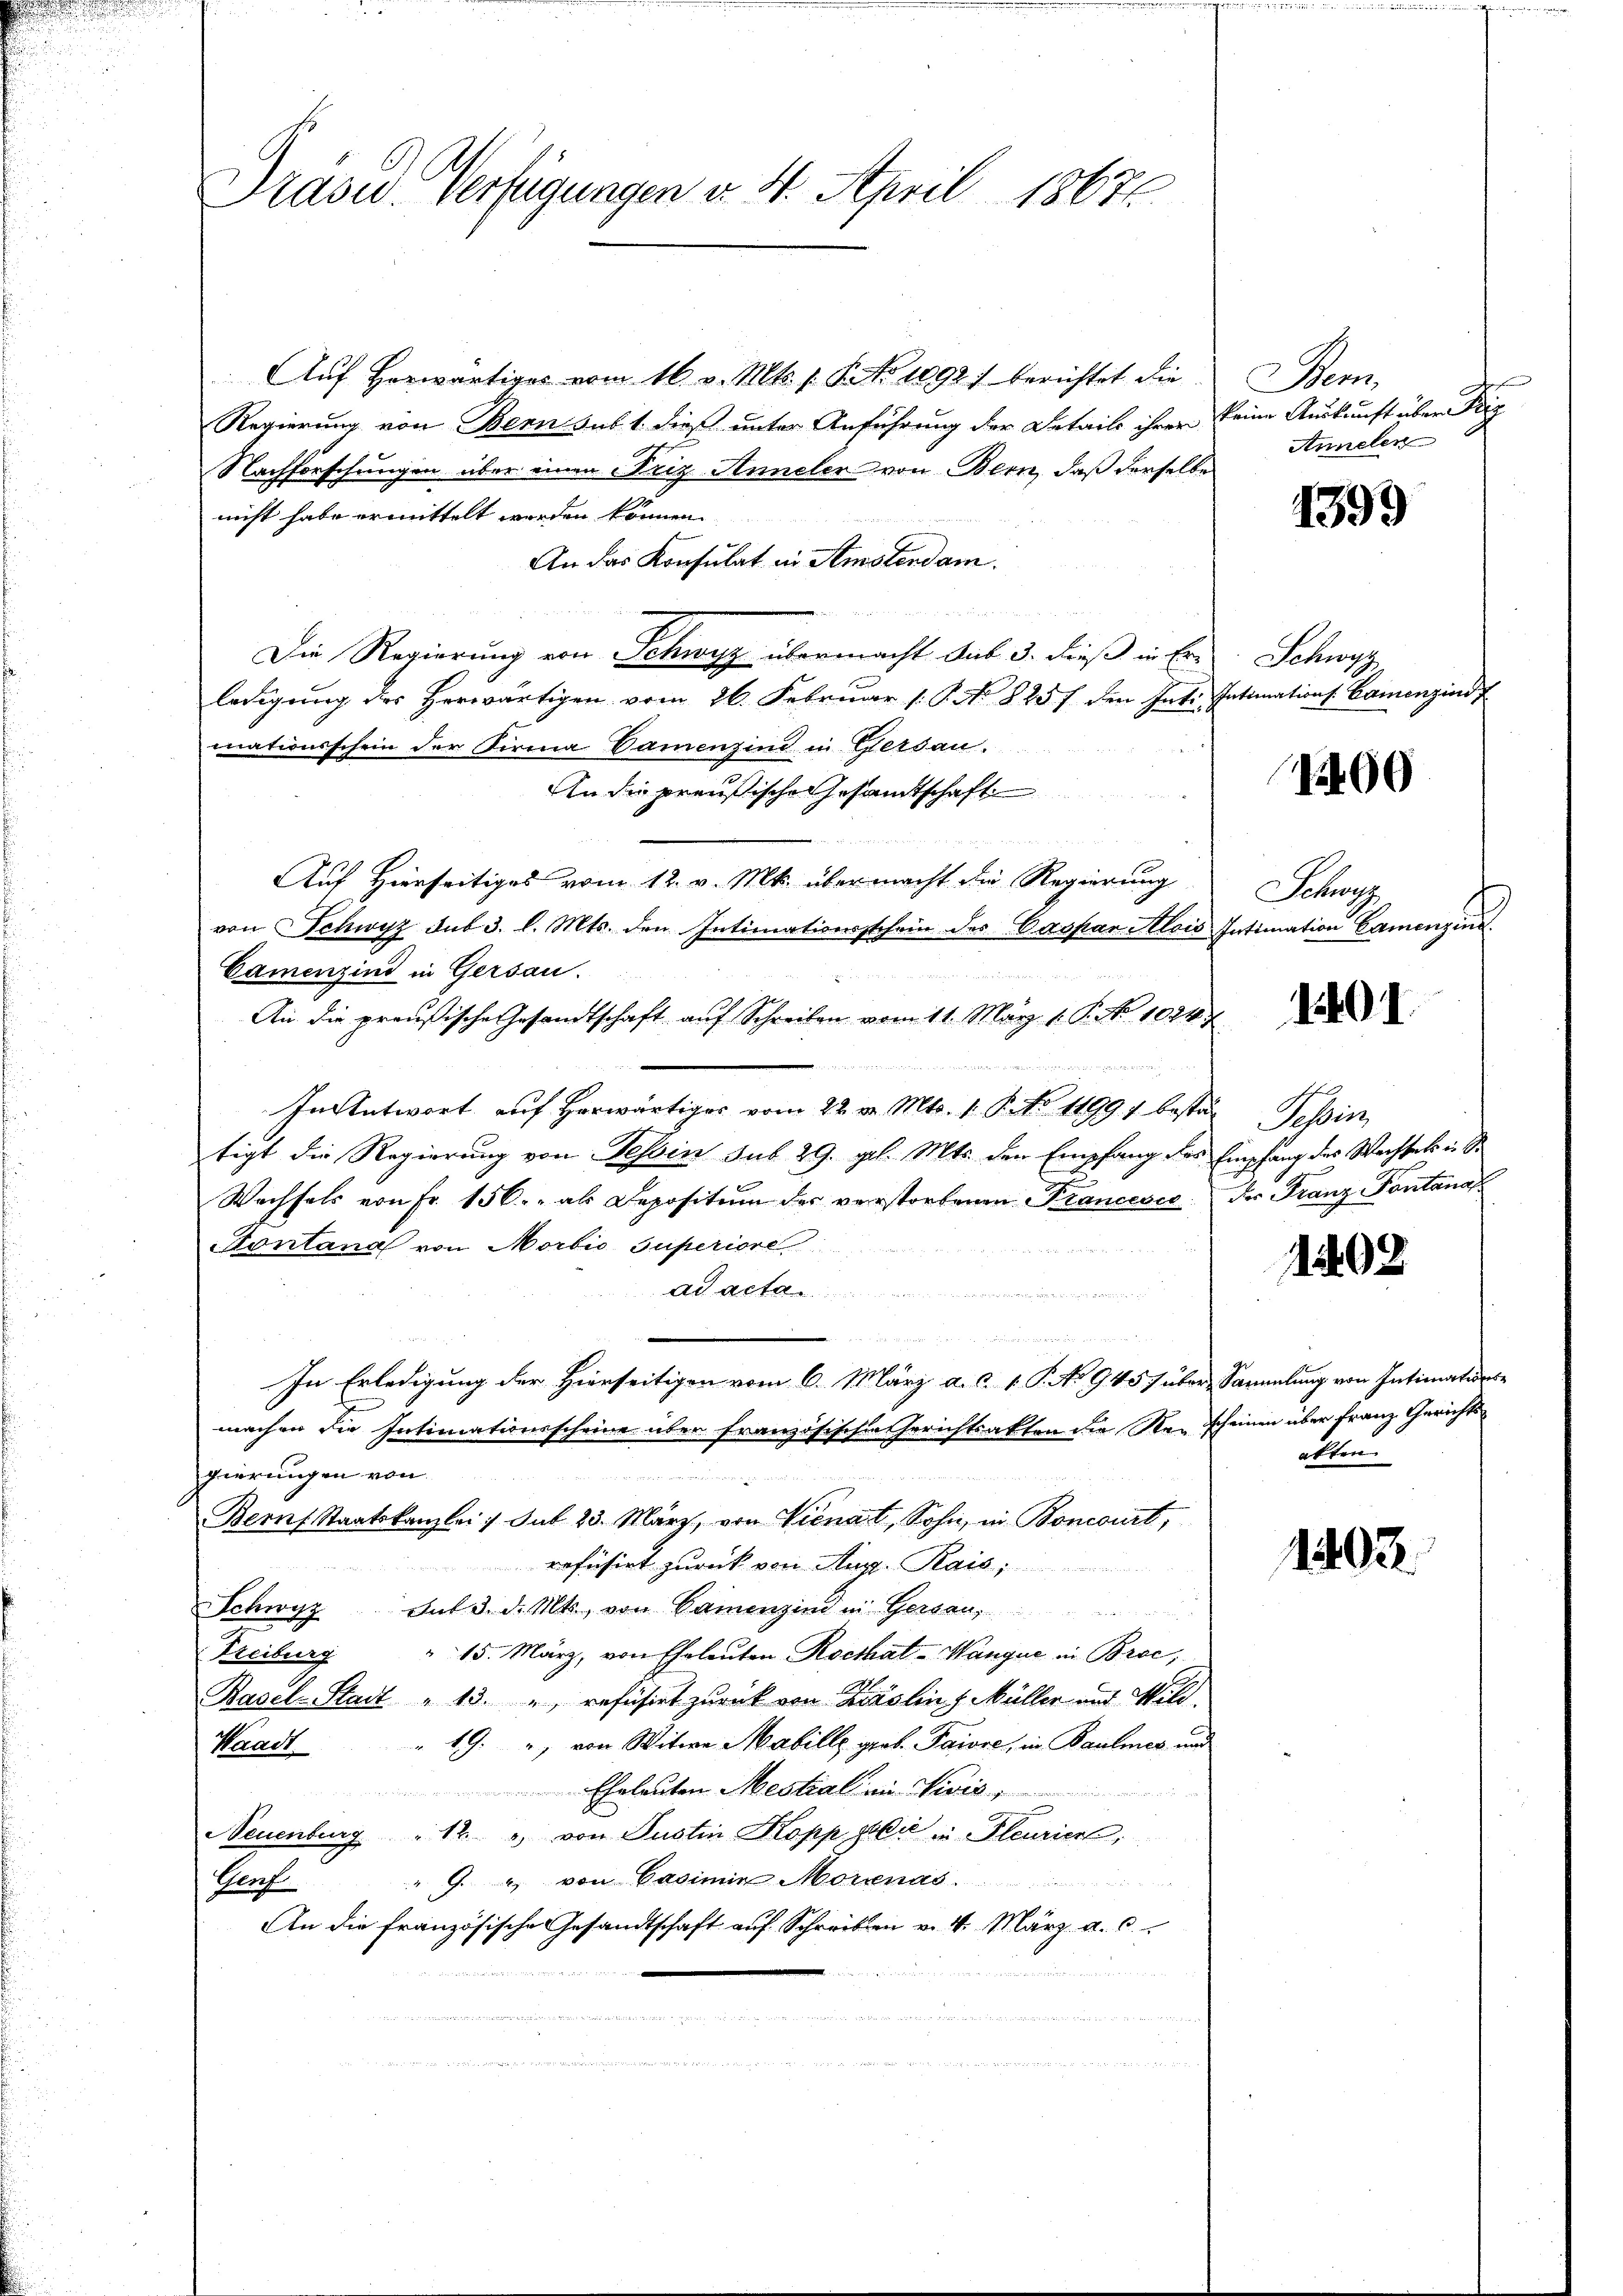
Präses Verfügungen v. 4. April 1867

Auf Horwärtiges vom 16. v. Mts. 1. P. Nr. 1092) berichtet die
Regierung von Bern sub 1 dieß unter Anführung der Detaile ihrer keine Auskunft über Reiz
Nachforschungen über einen Friz Anneler von Bern, daß derselbe
nicht habe ermittelt werden können.
An das Konsulat in Amstendam.
Die Regierung von Schwyz übermacht sub 3. dieß in Erledigung des herwärtigen vom 26. Februar (: P. No 8257 den Int. Intimations Camenzins f
mationsschein der Firma Damenzind in Gersau.
An die preußische Gesandtschaft
Auf Hierseitiges vom 12. v. Mts. über macht die Regierung
von Schwyz sub 3. l. Mts. den Intimationsschein des Caspar Alois Intimation Camenzins
Camenzind in Gersau.
An die preußische Gesandtschaft auf Schreiben vom 11. März 1. P. No 1024.7

In Antwort aŭf herwärtiges vom 22. v. Mts. 1. P. Nr. 11991 bester Tessin,
tigt die Regierung von Tessin sub 29. gl. Mts. den Empfang des Empfang des Wechsels in S
Wechsels von Fr. 156. als Depositum der verstorbenen Francesco der Franz Pontanal
Nontana von Morbio Superiore
ad acta
In Erledigung der Hierseitigen vom 6. März a. c. v. P. No 945) über Sammlung von Intimations-
machen die Intimationsscheine über französischen Gerichtsakten die Neischeinen über Franz Gerichtsgierungen von
erus aus
Bern Staatskanzlei / Sub 23. März, von Vienat, Sohn, in Boncourt,
refüsirt zurück von Aug. Rais;
Schwyz mit 3. d. Mts. von Camenzind in Gersau,
"15. März, von Eheleuten Rocthat-Wanque in Broc
Freiburg
Basel-Stadt " 13. " geführet zurück von Zinslin, Müller und Wild¬
" 19. " von Witwe Mabille grob Paire, in Baumes und
Waadt.
Eheleuten Mestial in Divis,
Neuenburg " 12 " von Justin Kopp wie in Pleurier,
" G. von Casimin Morienas
Prof.
An die französische Gesandtschaft auf Schreiben v. 4. März a. c.
n
 u Martieren der den de
d              Kamer wenn noc
e

Mem
Annelen

1399

Schwyz

1460

Schran

1401.

1202

akten

1493.